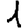
Digit: 1